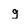
Character: g